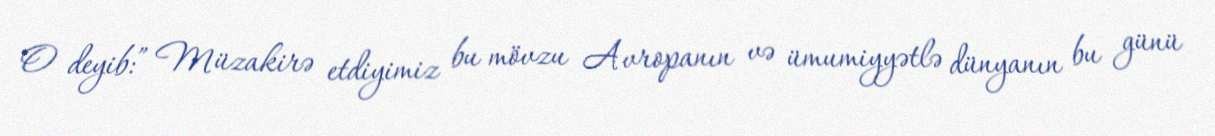
O deyib:” Müzakirə etdiyimiz bu mövzu Avropanın və ümumiyyətlə dünyanın bu günü